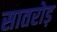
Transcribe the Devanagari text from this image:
सातरोड़